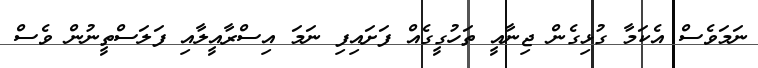
ނަމަވެސް އެކަމާ ގުޅިގެން ޖިނާއީ ތަހުގީގެއް ފަށައިފި ނަމަ އިސްރާއީލާއި ފަލަސްތީނުން ވެސް